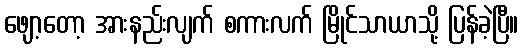
ဖျော့တော့ အားနည်းလျက် စကားလက် မြိုင်သာယာသို့ ပြန်ခဲ့ပြီ။